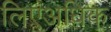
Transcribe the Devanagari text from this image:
लिएअधिक